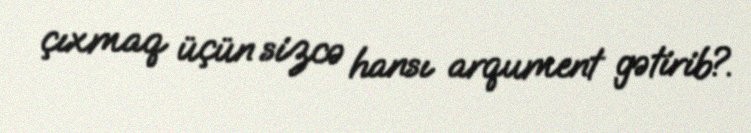
çıxmaq üçün sizcə hansı arqument gətirib?.